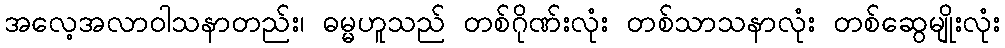
အလေ့အလာဝါသနာတည်း၊ ဓမ္မဟူသည် တစ်ဂိုဏ်းလုံး တစ်သာသနာလုံး တစ်ဆွေမျိုးလုံး